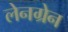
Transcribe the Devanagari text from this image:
लेनग्रेन